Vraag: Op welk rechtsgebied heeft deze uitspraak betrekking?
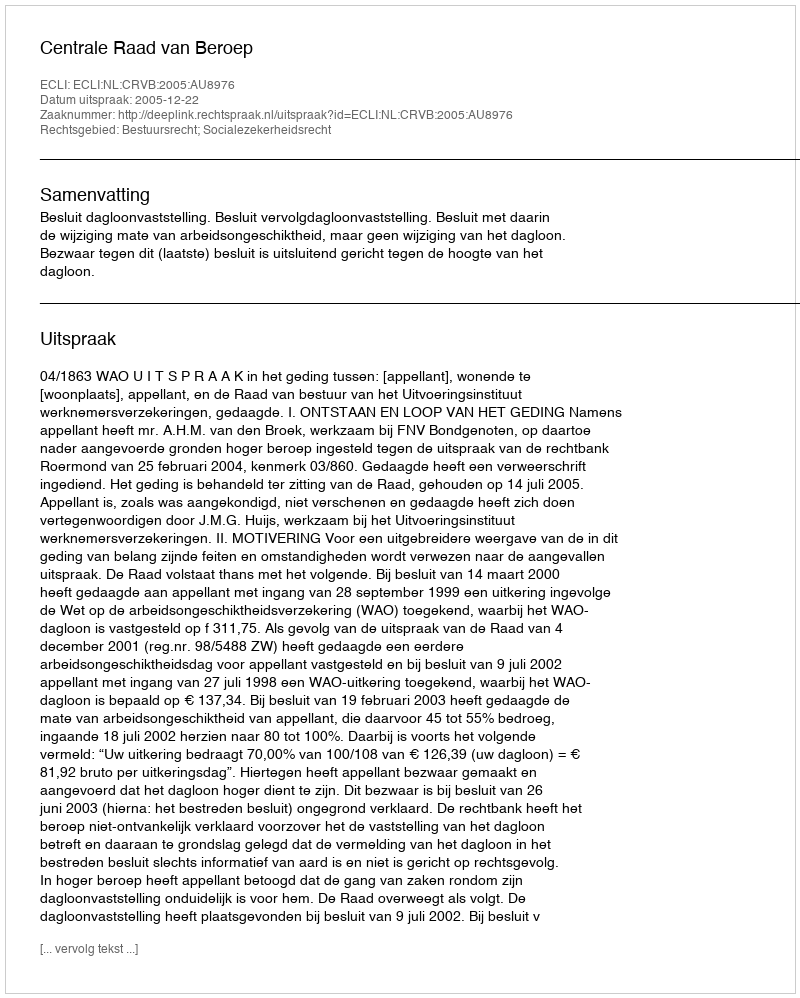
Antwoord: Bestuursrecht; Socialezekerheidsrecht